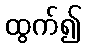
ထွက်၍